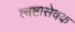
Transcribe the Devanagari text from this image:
त्वष्टासेवक